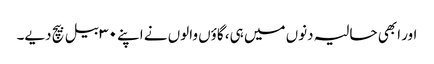
اور ابھی حالیہ دنوں میں ہی، گاؤں والوں نے اپنے ۳۰ بیل بیچ دیے۔